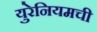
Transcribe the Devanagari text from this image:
युरेनियमची